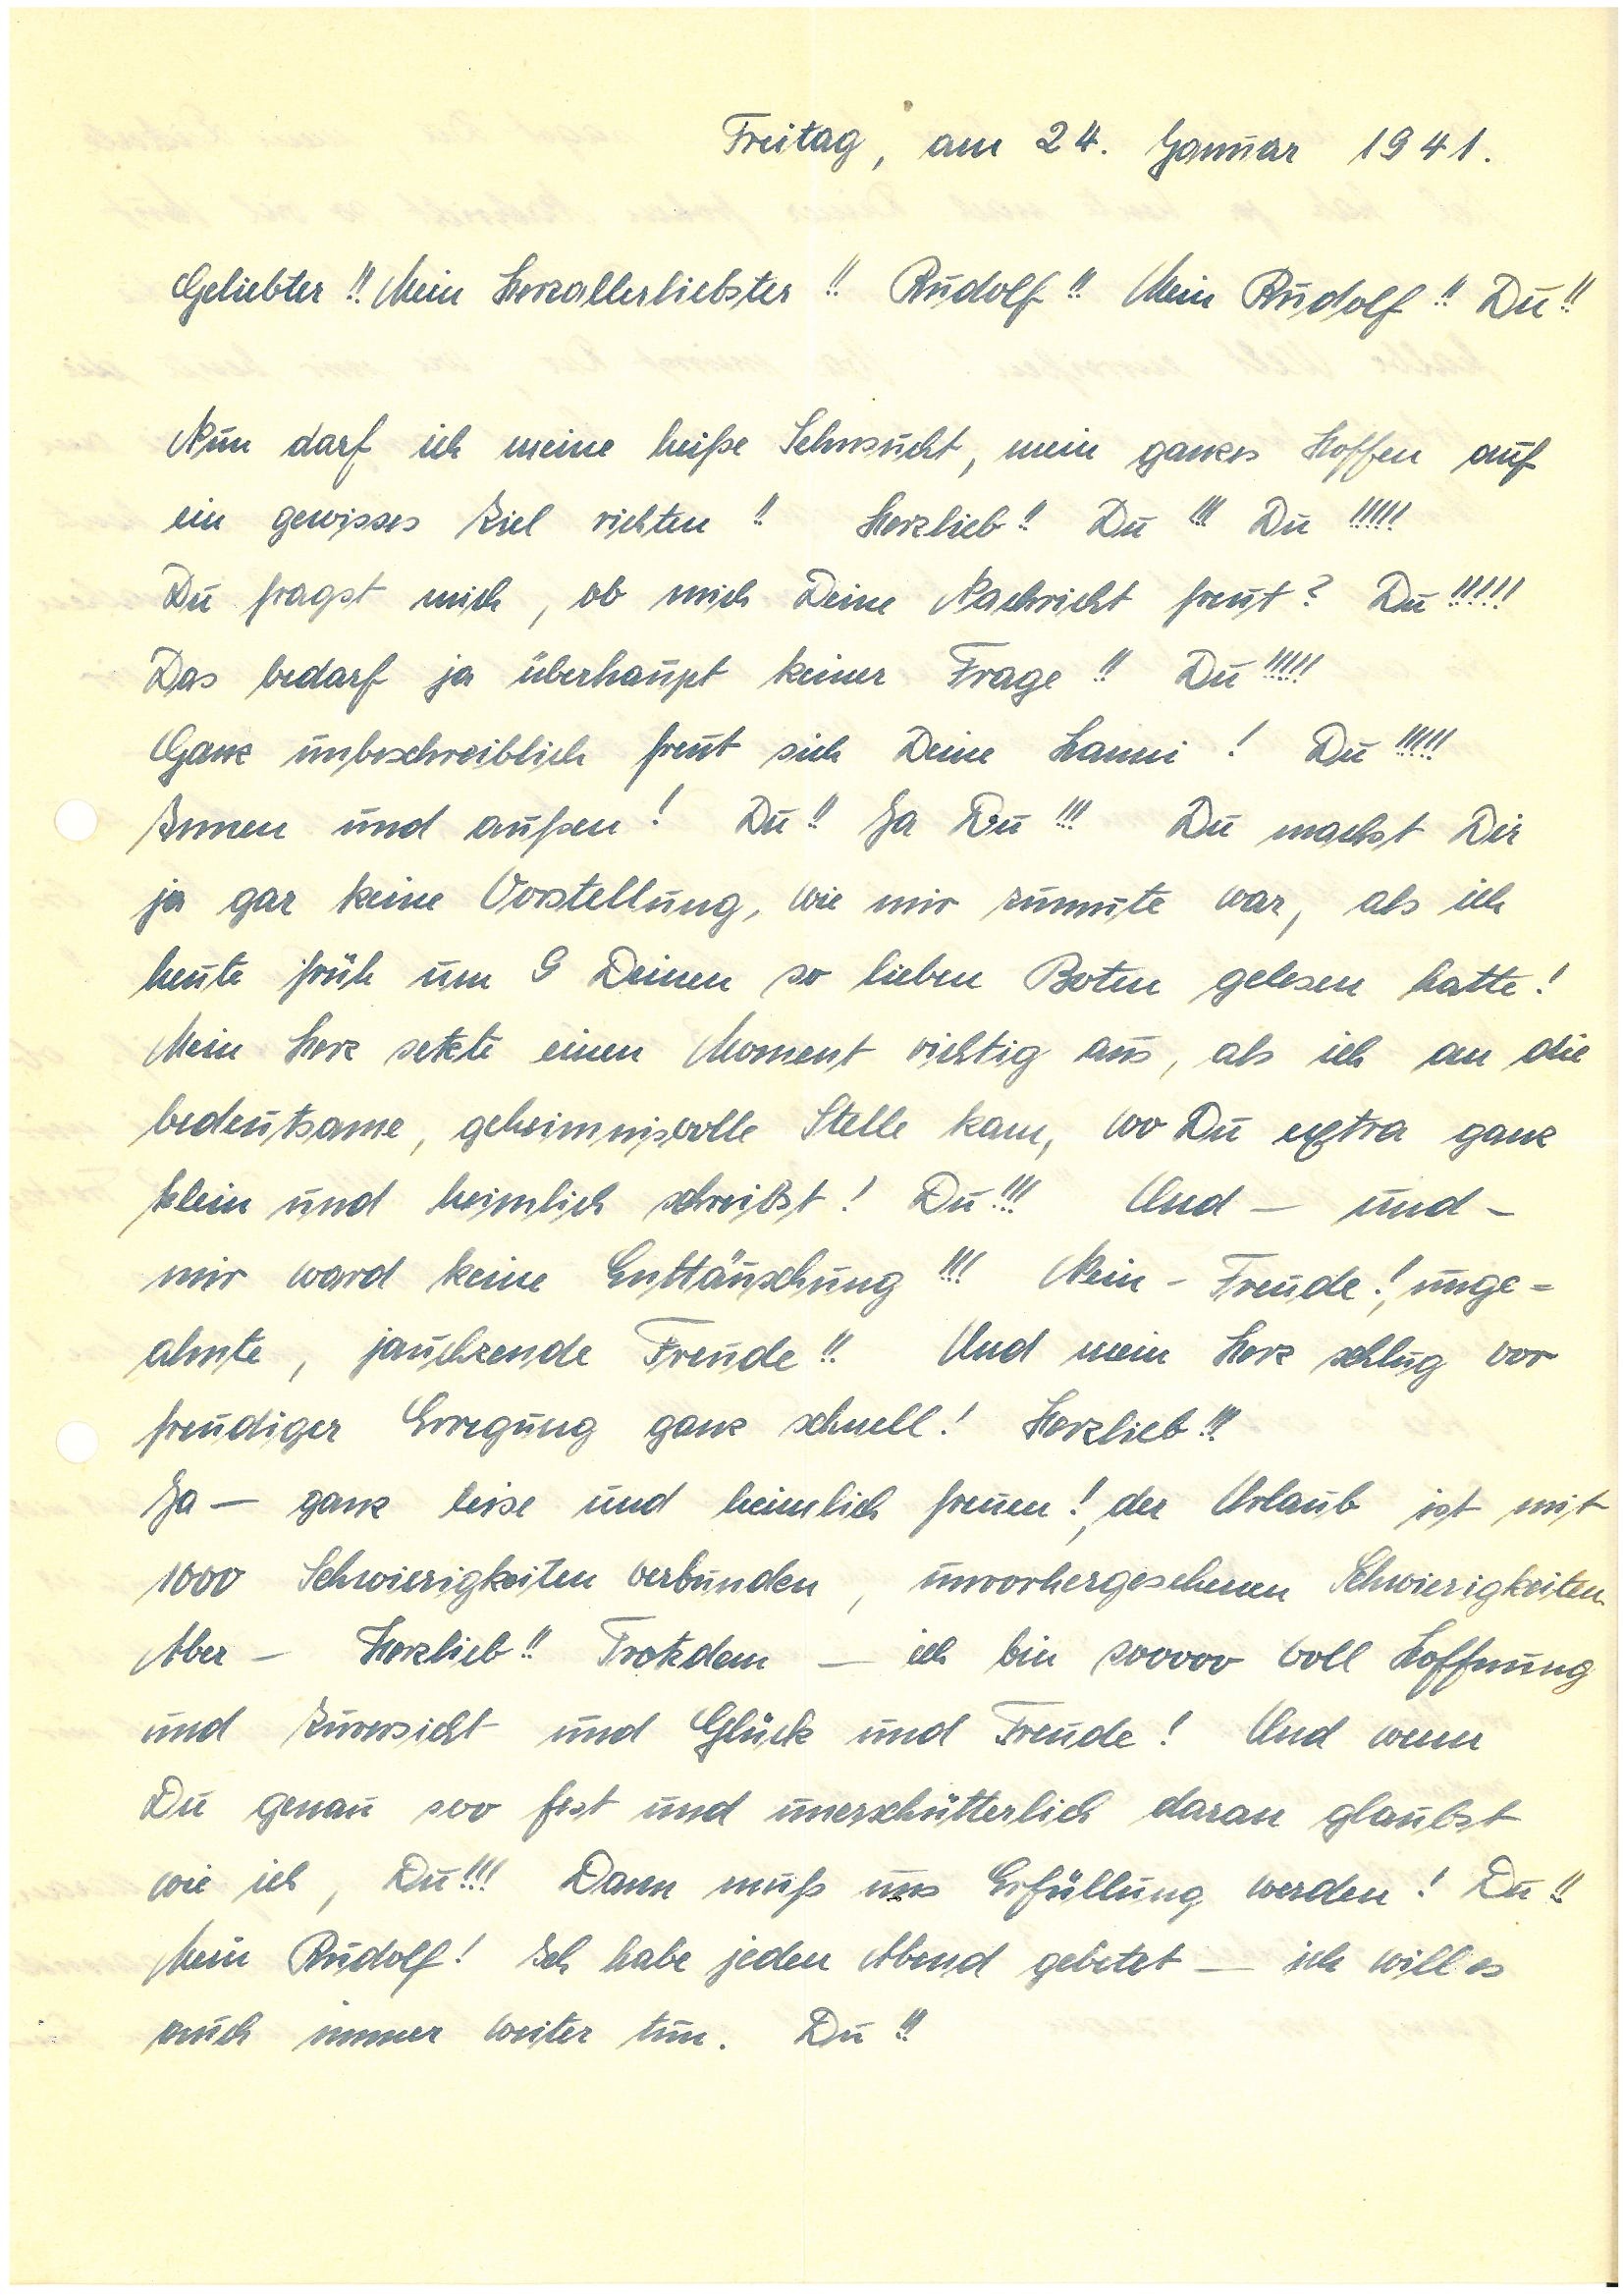
Freitag, am 24. Januar 1941.
Geliebter!! Mein Herzallerliebster!! !! Mein !! Du!!
Nun darf ich meine heiße Sehnsucht, mein ganzes Hoffen auf
ein gewisses Ziel richten!! Herzlieb!! Du!!! Du!!!!!
Du fragst mich, ob mich Deine Nachricht freut? Du!!!!!
Das bedarf ja überhaupt keiner Frage!! Du!!!!!
Ganz unbeschreiblich freut sich Deine ! Du!!!!!
Innen und außen! Du!! Ja Du!!! Du machst Dir
ja gar keine Vorstellung, wie mir zumute war, als ich
heute früh um 9 Deinen so lieben Boten gelesen hatte!
Mein Herz setzte einen Moment richtig aus, als ich an die
bedeutsame, geheimnisvolle Stelle kam, wo Du extra ganz
klein und heimlich schreibst! Du!!! Und – und –
mir ward keine Enttäuschung!!! Nein – Freude! Unge¬
ahnte, jauchzende Freude!! Und mein Herz schlug vor
freudiger Erregung ganz schnell! Herzlieb!!!
Ja – ganz leise und heimlich freuen! Der Urlaub ist mit
1000 Schwierigkeiten verbunden, unvorhergesehenen Schwierigkeiten.
Aber – Herzlieb!! Trotzdem – ich bin sooooo voll Hoffnung
und Zuversicht und Glück und Freude! Und wenn
Du genau soo fest und unerschütterlich daran glaubst
wie ich, Du!!! Dann muß uns Erfüllung werden! Du!!
Mein ! Ich habe jeden Abend gebetet – ich will es
auch immer weiter tun. Du!!